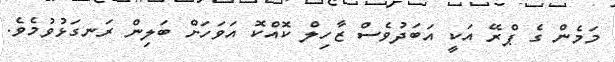
މަމެން ގެ ޕްރޭ އަކީ އަަބަދުވެސް ޒާހިލް ކޮއްކޮ އަަވަހަށް ބަލިން ރަނގަޅުވުމެވެ.